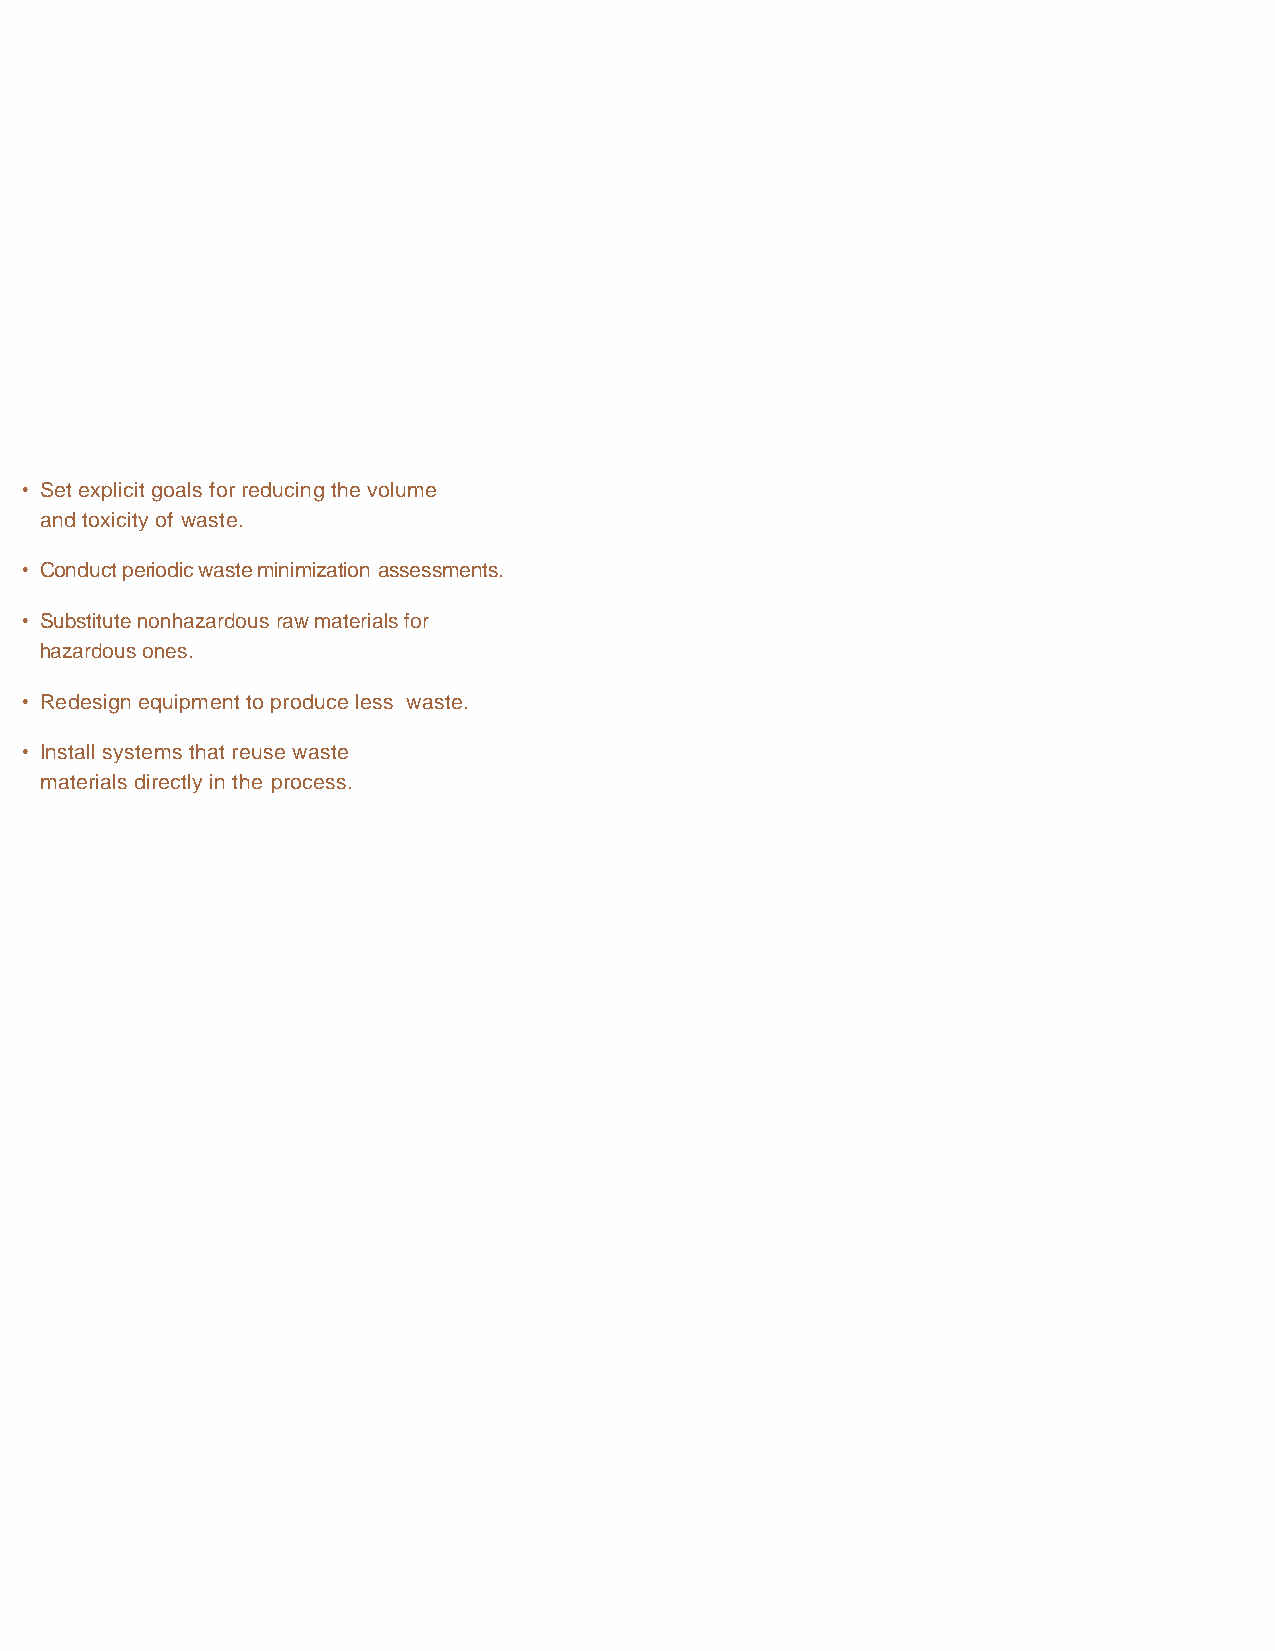
Waste Minimization Case Study
 A military equipment manufacturer used
 8,250 gallons of a hazardous solvent
 each year. By substi- tuting a
 nonhazardous solvent for the hazardous
 solvent, it saved more than $100,000 in
 disposal, purchasing, and regulatory
 compliance costs in less than 10 years.
 • Set explicit goals for reducing the volume
 and toxicity of waste.
 • Conduct periodic waste minimization assessments.
 • Substitute nonhazardous raw materials for
 hazardous ones.
 • Redesign equipment to produce less waste.
 • Install systems that reuse waste
 materials directly in the process.